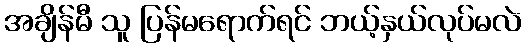
အချိန်မီ သူ ပြန်မရောက်ရင် ဘယ့်နှယ်လုပ်မလဲ